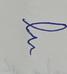
Signature authenticity: forged